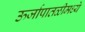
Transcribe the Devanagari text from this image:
ऊर्जापातळीमध्ये